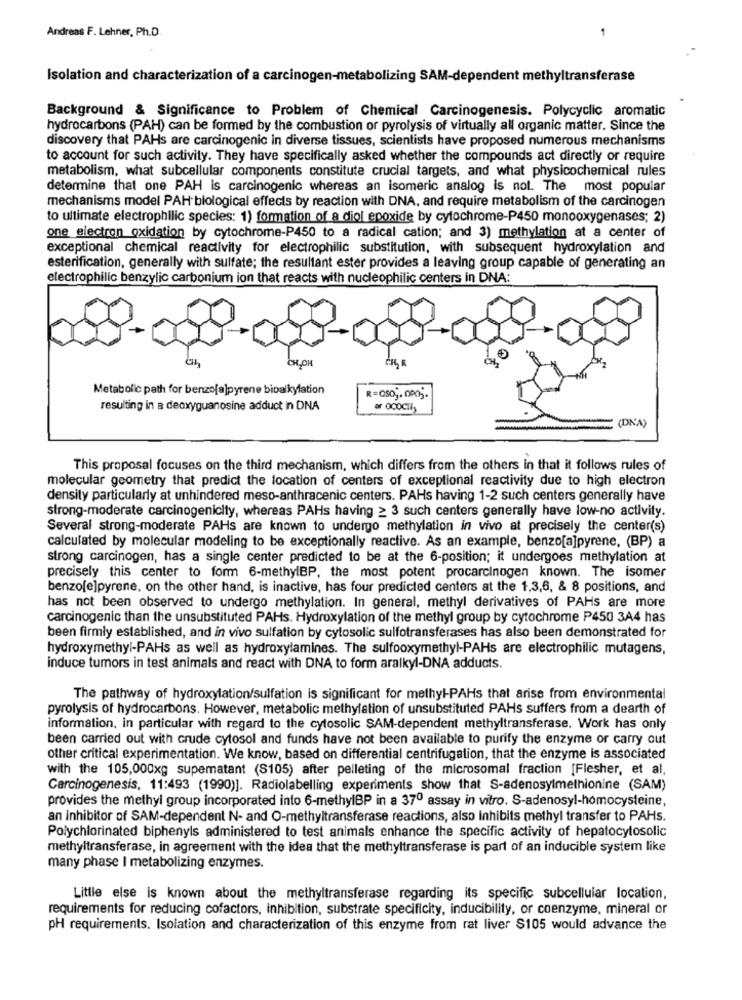
Andreas F. Lehner, Ph.D.
Isolation and characterization of a carcinogen-metabolizing SAM-dependent methyltransferase
Background & Significance to Problem of Chemical Carcinogenesis. Polycyclic aromatic
hydrocarbons (PAH) can be formed by the combustion or pyrolysis of virtually all organic matter. Since the
discovery that PAHs are carcinogenic in diverse tissues, scientists have proposed numerous mechanisms
to account for such activity. They have specifically asked whether the compounds act directly or require
metabolism, what subcellular components constitute crucial targets, and what physicochemical rules
determine that one PAH is carcinogenic whereas an isomeric analog is not. The most popular
mechanisms model PAH biological effects by reaction with DNA, and require metabolism of the carcinogen
to ultimate electrophilic species: 1) formation of a diol epoxide by cytochrome-P450 monooxygenases; 2)
one electron oxidation by cytochrome-P450 to a radical cation; and 3) methylation at a center of
exceptional chemical reactivity for electrophilic substitution, with subsequent hydroxylation and
esterification, generally with sulfate; the resultant ester provides a leaving group capable of generating an
electrophilic benzylic carbonium ion that reacts with nucleophilic centers in DNA:
CH,OH
CHL
Metabolic path for benzofa]pyrene bioalkylation
R=Q505. 090 ;.
resulting in a deoxyguanosine adduct in DNA
ar QCOCHIs
(DNA)
This proposal focuses on the third mechanism, which differs from the others in that it follows rules of
molecular geometry that predict the location of centers of exceptional reactivity due to high electron
density particularly at unhindered meso-anthracenic centers. PAHs having 1-2 such centers generally have
strong-moderate carcinogenicity, whereas PAHs having > 3 such centers generally have low-no activity.
Several strong-moderate PAHs are known to undergo methylation in vivo at precisely the center(s)
calculated by molecular modeling to be exceptionally reactive. As an example, benzo[a]pyrene, (BP) a
strong carcinogen, has a single center predicted to be at the 6-position; it undergoes methylation at
precisely this center to form 6-methylBP, the most potent procarcinogen known. The isomer
benzo[e]pyrene, on the other hand, is inactive, has four predicted centers at the 1,3,6, & 8 positions, and
has not been observed to undergo methylation. In general, methyl derivatives of PAHs are more
carcinogenic than the unsubstituted PAHs. Hydroxylation of the methyl group by cytochrome P450 3A4 has
been firmly established, and in vivo sulfation by cytosolic sulfotransferases has also been demonstrated for
hydroxymethyl-PAHs as well as hydroxylamines. The sulfooxymethyl-PAHs are electrophilic mutagens,
induce tumors in test animals and react with DNA to form aralkyl-DNA adducts.
The pathway of hydroxylation/sulfation is significant for methyl-PAHs that arise from environmental
pyrolysis of hydrocarbons. However, metabolic methylation of unsubstituted PAHs suffers from a dearth of
information, in particular with regard to the cytosolic SAM-dependent methyltransferase. Work has only
been carried out with crude cytosol and funds have not been available to purify the enzyme or carry out
other critical experimentation. We know, based on differential centrifugation, that the enzyme is associated
with the 105,000xg superatant (S105) after pelleting of the microsomal fraction [Flesher, et al,
Carcinogenesis, 11:493 (1990)]. Radiolabelling experiments show that S-adenosylmethionine (SAM)
provides the methyl group incorporated into 6-methylBP in a 370 assay in vitro. S-adenosyl-homocysteine,
an inhibitor of SAM-dependent N- and O-methyltransferase reactions, also Inhibits methyl transfer to PAHs.
Polychlorinated biphenyls administered to test animals enhance the specific activity of hepatocytosolic
methyltransferase, in agreement with the idea that the methyltransferase is part of an inducible system like
many phase I metabolizing enzymes.
Little else is known about the methyltransferase regarding its specific subcellular location,
requirements for reducing cofactors, inhibition, substrate specificity, inducibility, or coenzyme, mineral or
pH requirements. Isolation and characterization of this enzyme from rat liver $105 would advance the